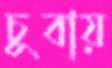
চুবায়